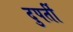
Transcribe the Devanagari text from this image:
दुपर्ती